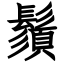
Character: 鬚